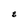
Character: g